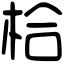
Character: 㭘